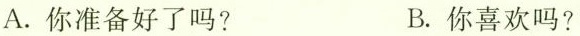
A.你准备好了吗? B.你喜欢吗?